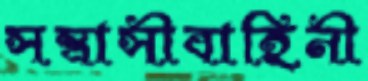
সন্ত্রাসীবাহিনী